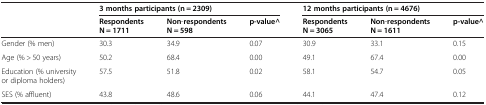
<table><thead><tr><td><b> </b></td><td colspan="3"><b>3 months participants (n = 2309)</b></td><td colspan="3"><b>12 months participants (n = 4676)</b></td></tr><tr><td><b> </b></td><td><b>Respondents N = 1711</b></td><td><b>Non-respondents N = 598</b></td><td><b>p-value^</b></td><td><b>Respondents N = 3065</b></td><td><b>Non-respondents N = 1611</b></td><td><b>p-value^</b></td></tr></thead><tbody><tr><td>Gender (% men)</td><td>30.3</td><td>34.9</td><td>0.07</td><td>30.9</td><td>33.1</td><td>0.15</td></tr><tr><td>Age (% &gt; 50 years)</td><td>50.2</td><td>68.4</td><td>0.00</td><td>49.1</td><td>67.4</td><td>0.00</td></tr><tr><td>Education (% university or diploma holders)</td><td>57.5</td><td>51.8</td><td>0.02</td><td>58.1</td><td>54.7</td><td>0.05</td></tr><tr><td>SES (% affluent)</td><td>43.8</td><td>48.6</td><td>0.06</td><td>44.1</td><td>47.4</td><td>0.12</td></tr></tbody></table>